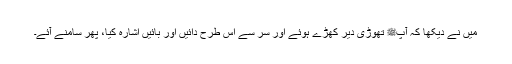
میں نے دیکھا کہ آپﷺ تھوڑی دیر کھڑے ہوئے اور سر سے اس طرح دائیں اور بائیں اشارہ کیا، پھر سامنے آئے۔